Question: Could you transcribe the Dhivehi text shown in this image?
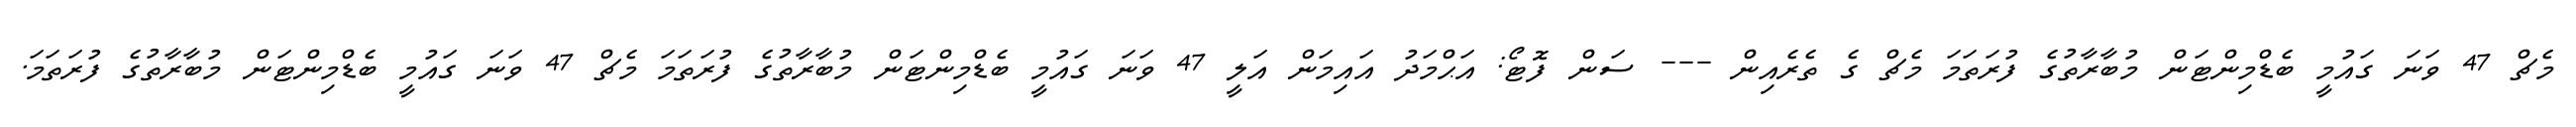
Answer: މެޗް 47 ވަނަ ގައުމީ ބެޑްމިންޓަން މުބާރާތުގެ ފުރަތަމަ މެޗް ގެ ތެރެއިން --- ސަން ފޮޓޯ: އަޙްމަދު އައިމަން އަލީ 47 ވަނަ ގައުމީ ބެޑްމިންޓަން މުބާރާތުގެ ފުރަތަމަ މެޗް 47 ވަނަ ގައުމީ ބެޑްމިންޓަން މުބާރާތުގެ ފުރަތަމަ.